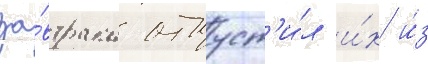
за́втрака отпуст'и́л и́х и́з